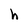
Character: h